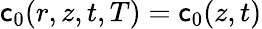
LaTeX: \mathsf{c}_{0}(r,z,t,T)=\mathsf{c}_{0}(z,t)